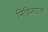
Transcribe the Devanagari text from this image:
मिहिनटाल